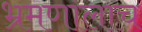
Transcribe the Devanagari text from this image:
भ्रमणालाच